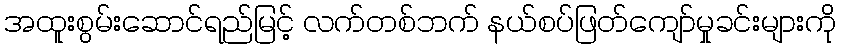
အထူးစွမ်းဆောင်ရည်မြင့် လက်တစ်ဘက် နယ်စပ်ဖြတ်ကျော်မှုခင်းများကို